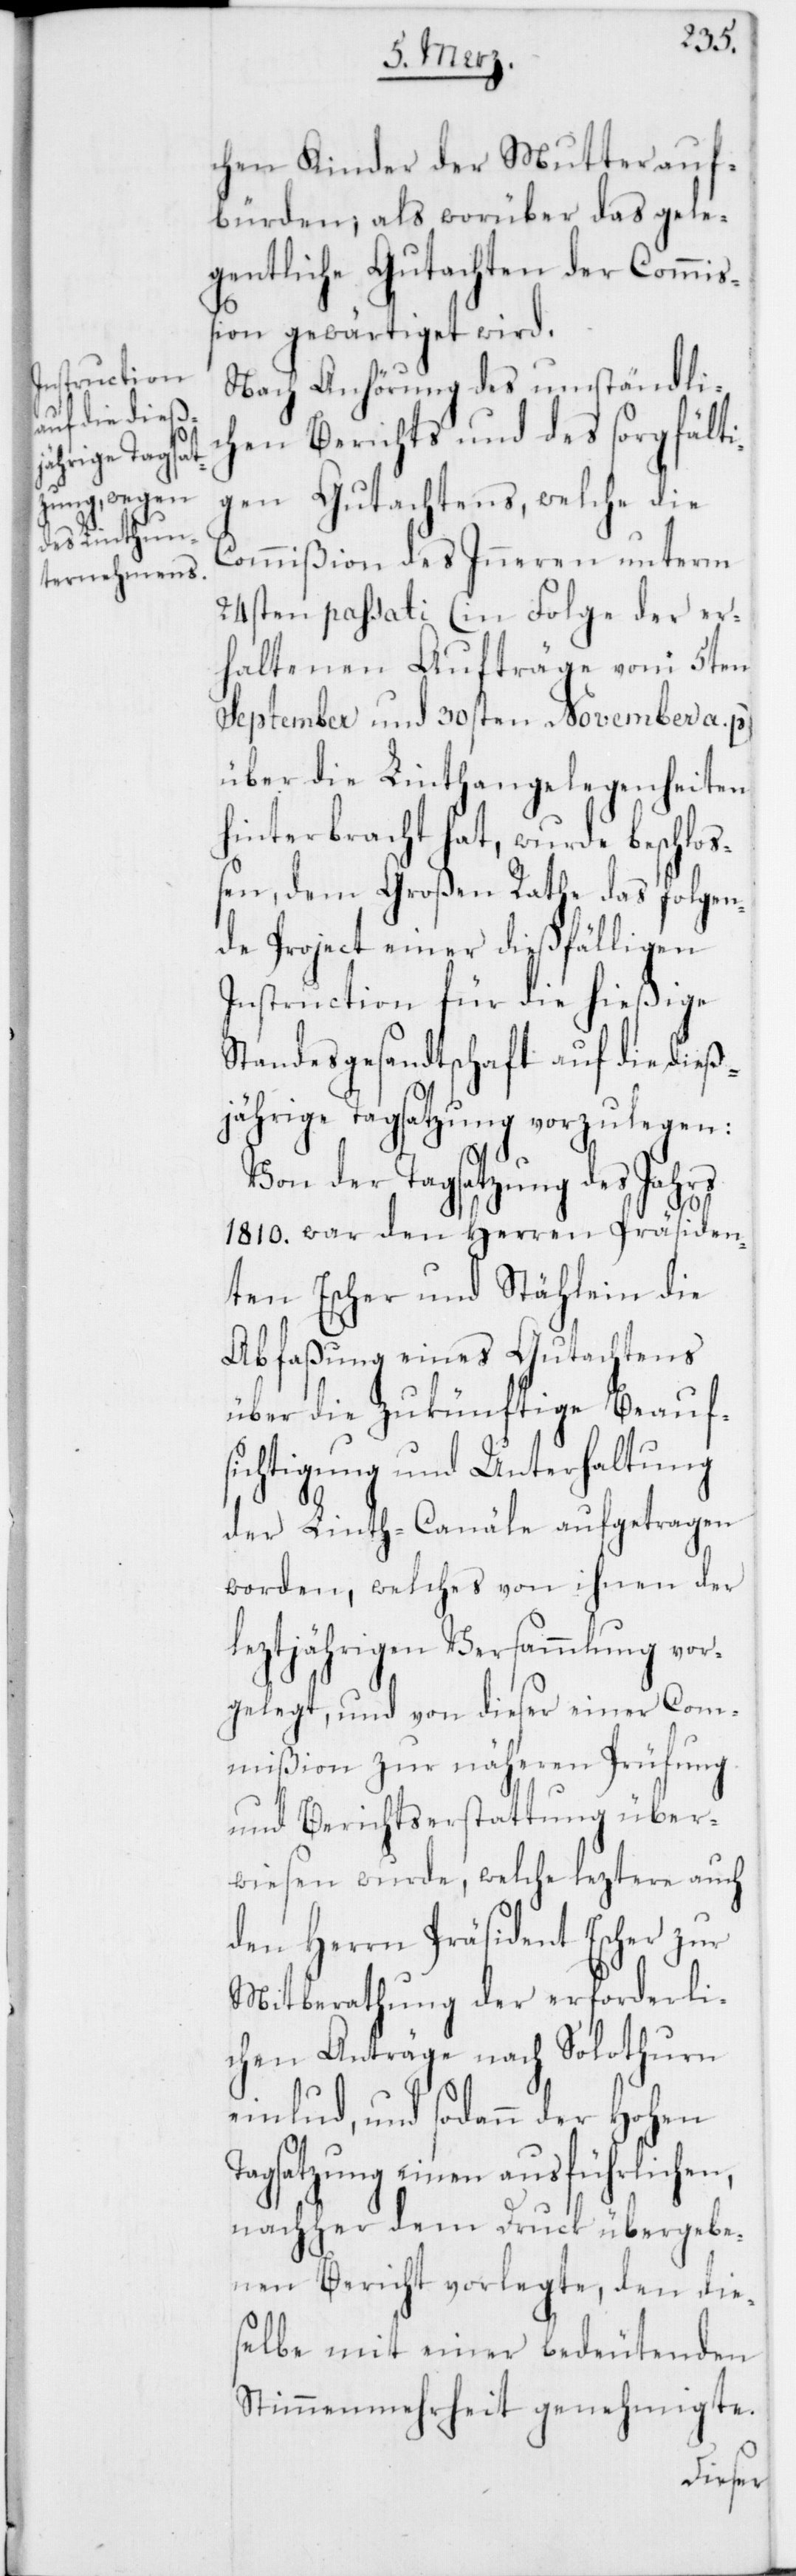
chen Kinder der Mutter auf¬
bürden; als worüber das gele¬
gentliche Gutachten der Commiß¬
ion gewärtiget wird.
Nach Anhörung des umständli¬
chen Berichts und des sorgfälti¬
gen Gutachtens, welche die
Commißion des Inneren unterm
24sten passati (in Folge der er¬
haltenen Aufträge vom 5ten
September und 30sten November a. p.)
über die Linthangelegenheiten
hinterbracht hat, wurde beschloß¬
en, dem Großen Rathe das folgen¬
de Project einer dießfälligen
Instruction für die hießige
Standesgesandtschaft auf die dieß¬
jährige Tagsatzung vorzulegen:
Von der Tagsatzung des Jahrs
1810. war den Herren Präsiden¬
ten Escher und Stählein die
Abfaßung eines Gutachtens
über die zukünftige Beauf¬
sichtigung und Unterhaltung
der Linth-Canäle aufgetragen
worden, welches von ihnen der
leztjährigen Versammlung vor¬
gelegt, und von dieser einer Com¬
mißion zur näheren Prüfung
über¬
und Berichtserstattung
wiesen wurde, welch leztere auch
den Herrn Präsident Escher zur
Mitberathung der erforderli¬
chen Anträge nach Solothurn
einlud, und sodann der Hohen
Tagsatzung einen ausführlichen,
nachher dem Druck übergebe¬
nen Bericht vorlegte, den die¬
selbe mit einer bedeutenden
Stimmenmehrheit genehmigte.